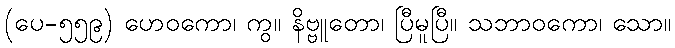
(ပေ-၅၅၉) ဟေဝကော၊ ကွ။ နိဗ္ဗူတော၊ ပြီမူပြီ။ သဘာဝကော၊ သော။